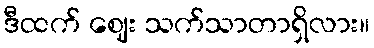
ဒီထက် ဈေး သက်သာတာရှိလား။